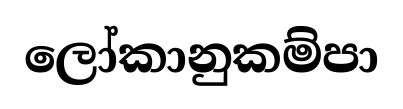
ලෝකානුකම්පා